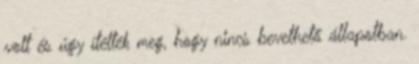
volt és úgy ítélték meg, hogy nincs bevethető állapotban.